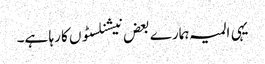
یہی المیہ ہمارے بعض نیشنلسٹوں کا رہا ہے۔